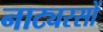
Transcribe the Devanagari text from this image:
नाट्यरसों